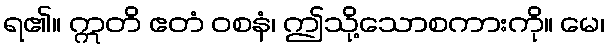
ရ၏။ ဣတိ ဧတံ ဝစနံ၊ ဤသို့သောစကားကို။ မေ၊